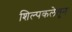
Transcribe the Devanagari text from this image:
शिल्पकलेतून